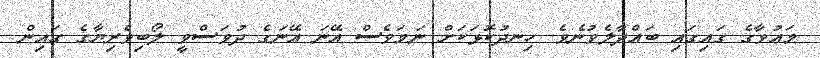
މައުވާގެ ގައިގައި ބައްދާލެވުނެވެ. ހިނދުކޮޅަކަށް ނަމަވެސް އޭނަ އޭނަގެ ދުވަސްވީ ލޯބިވެރިޔާގެ ގައިން